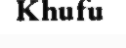
Khufu